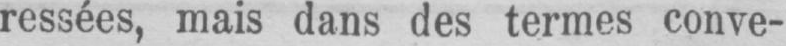
ressées, mais dans des termes conve-